Lock hospitals Punjab
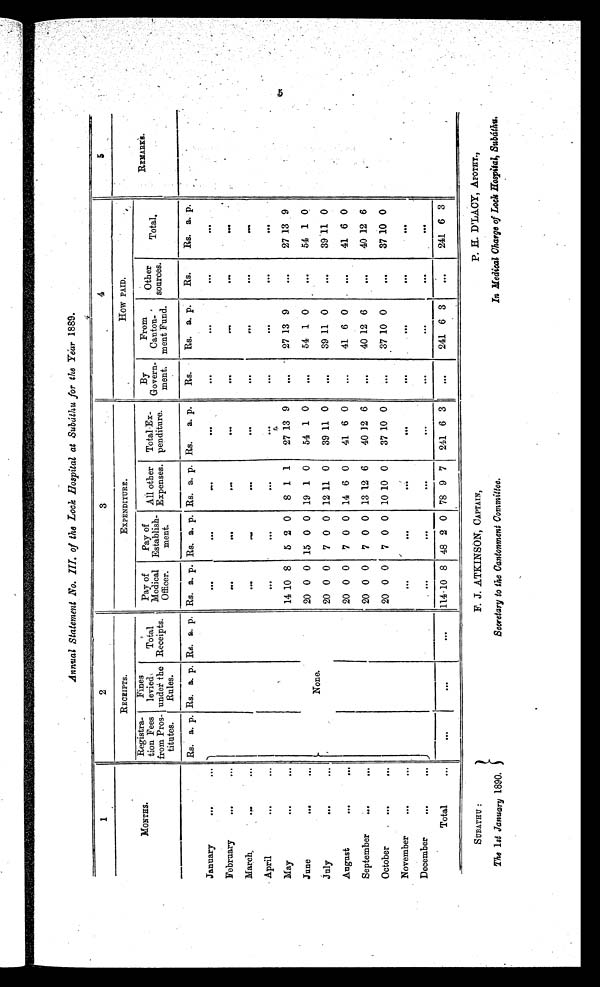
SUBATHU
:
The 1 st January 1890.
F. J. ATKINSON, CAPTAIN,
Secretary to the Cantonment Committee.
P. H. D'LACY, APOTHY .,
In Medical Charge of Lock Hospital, Subáthu.
Annual Statement No. III. of the Lock Hospital at Subáthu for the Year 1889.
1
2
3
4
5
MONTHS.
RECEIPTS.
EXPENDITURE.
How PAID.
REMARKS.
Registra-
tion Fees
from Pros-
titutes.
Fines
levied,
under the
Rules.
Total
Receipts.
Pay of
Medical
Officer.
Pay of
Establish-
ment.
All other
Expenses.
Total Ex-
penditure.
By
Govern-
ment.
From
Canton-
ment Fund.
Other
sources.
Total.
Rs. a. p. Rs. a. p. Rs .
a . p. Rs. a. p. Rs. a. p. Rs. a. p. Rs.
a. p.
Rs.
Rs. a. p.
Rs.
Rs. a. p.
January
. . .
. . .
None.
...
. . .
. . .
. . .
. . .
...
. . .
. . .
February
. . .
. . .
. . .
. . .
. . .
. . .
...
. . .
. . .
. . .
March
. . .
. . .
. . .
. . .
...
...
. . .
. . .
. . .
. . .
April
. . .
. . .
. . .
. . .
. . .
. . .
. . .
. . .
. . .
. . .
M a y
. . .
. . .
14 10 8
5 2 0
8 1 1
27 13 9
... 27 13 9
. . .
27 13 9
June
. . .
. . .
20 0 0 15 0 0 19 1 0
54 1 0
. . .
54 1 0
. . .
54 1 0
July
...
. . .
20 0 0
7 0 0 12 11 0
39 11 0
. . .
39 11 0
. . .
39
1 1 0
August
. . .
. . .
20 0 0
7 0 0 14 6 0
41 6 0
. . .
41 6 0
. . .
41 6 0
September
. . .
. . .
20 0 0
7 0 0 13 12 6
40 12 6
. . .
40 12 6
. . .
40 12 6
October
. . .
. . .
20 0 0
7 0 0 10 10 0
37 10 0
...
37 10 0
. . .
37 10 0
November
. . .
. . .
. . .
. . .
. . .
. . .
. . .
. . .
. . .
. . .
D ecember
. . .
. . .
. . .
. . .
. . .
. . .
. . .
...
. . .
. . .
Total
. . .
. . .
. . .
. . .
114
1 0 8 48 2 0 78 9 7
241 6 3
. . .
241 6 3
. . .
241 6 3
5